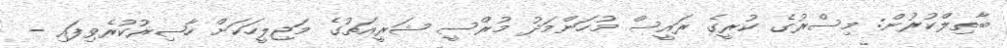
ބާތިލްކުރުން: މިސްރުގެ ކުރީގެ ރައީސް މުހަންމަދު މުރްސީ ޝަރީއަތުގެ މަޖިލީހަކަށް ހާޟިރުކުރެވިފައި -